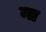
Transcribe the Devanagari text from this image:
न्त